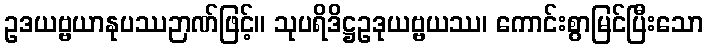
ဥဒယဗ္ဗယာနုပဿဉာဏ်ဖြင့်။ သုပရိဒိဋ္ဌဥဒုယဗ္ဗယဿ၊ ကောင်းစွာမြင်ပြီးသော